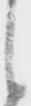
候